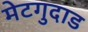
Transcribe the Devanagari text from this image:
मेटगुदाड